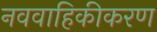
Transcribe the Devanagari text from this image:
नववाहिकीकरण